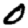
Digit: 0